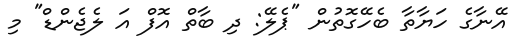
އޭނާގެ ހަޔާތާ ބެހޭގޮތުން "ޕެލޭ: ދި ބާތް އޮފް އަ ލެޖެންޑް" މި